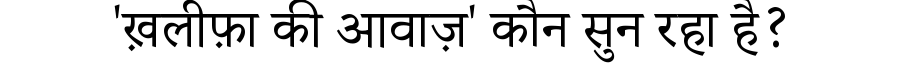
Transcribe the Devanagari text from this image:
'ख़लीफ़ा की आवाज़' कौन सुन रहा है?